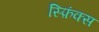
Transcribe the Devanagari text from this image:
स्फ़िंक्स